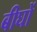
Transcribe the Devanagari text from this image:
बीघों